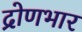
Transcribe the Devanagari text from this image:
द्रोणभार